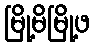
မြို့မိမြို့ဖ